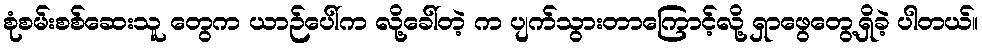
စုံစမ်းစစ်ဆေးသူ တွေက ယာဉ်ပေါ်က လို့ခေါ်တဲ့ က ပျက်သွားတာကြောင့်လို့ ရှာဖွေတွေ့ရှိခဲ့ ပါတယ်။